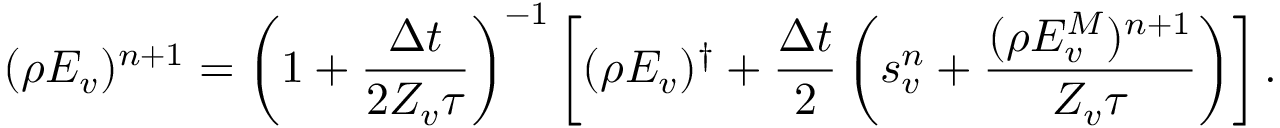
( \rho E _ { v } ) ^ { n + 1 } = \left( 1 + \frac { \Delta t } { 2 Z _ { v } \tau } \right) ^ { - 1 } \left[ ( \rho { E _ { v } } ) ^ { \dagger } + \frac { \Delta t } { 2 } \left( s _ { v } ^ { n } + \frac { ( \rho E _ { v } ^ { M } ) ^ { n + 1 } } { Z _ { v } \tau } \right) \right] .